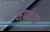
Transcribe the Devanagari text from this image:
संपर्करत